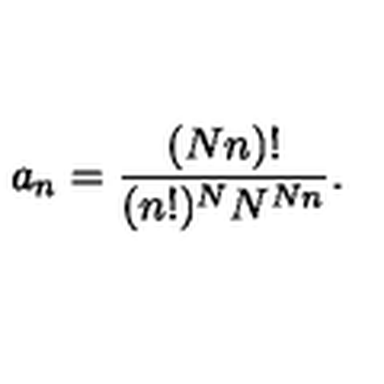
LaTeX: a _ { n } = \frac { ( N n ) ! } { ( n ! ) ^ { N } N ^ { N n } } .